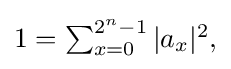
{\textstyle 1=\sum _{x=0}^{2^{n}-1}|a_{x}|^{2},}